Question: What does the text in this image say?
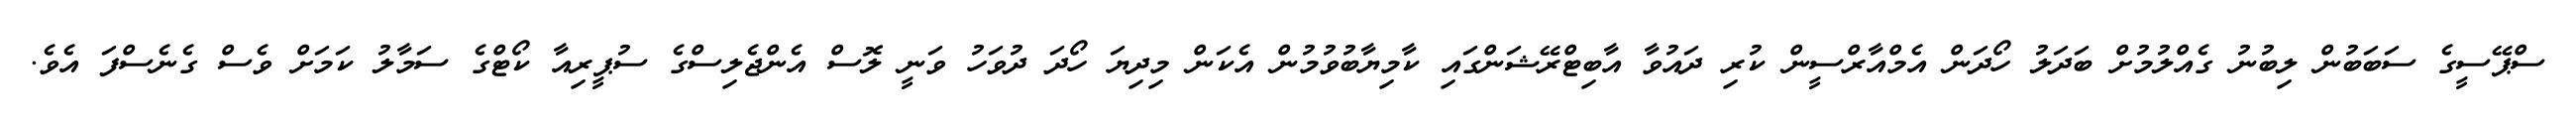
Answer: ސްޕޭސީގެ ސަބަބުން ލިބުނު ގެއްލުމުށް ބަދަލު ހޯދަން އެމްއާރްސީން ކުރި ދައުވާ އާބިޓްރޭޝަންގައި ކާމިޔާބުވުމުން އެކަން މިދިޔަ ހޯދަ ދުވަހު ވަނީ ލޮސް އެންޖެލިސްގެ ސުޕީރިއާ ކޯޓްގެ ސަމާލު ކަމަށް ވެސް ގެނެސްފަ އެވެ.